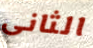
الثانى